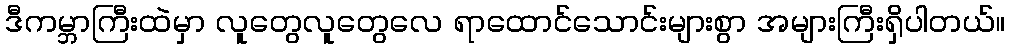
ဒီကမ္ဘာကြီးထဲမှာ လူတွေလူတွေလေ ရာထောင်သောင်းများစွာ အများကြီးရှိပါတယ်။